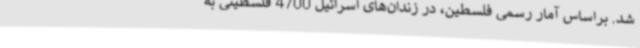
شد. براساس آمار رسمی فلسطین، در زندان‌های اسرائیل 4700 فلسطینی به